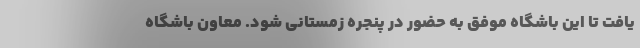
یافت تا این باشگاه موفق به حضور در پنجره زمستانی شود. معاون باشگاه